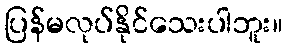
ပြန်မလုပ်နိုင်သေးပါဘူး။